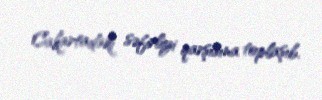
Cakartadakı səfirliyi qarşısına toplaşıb.